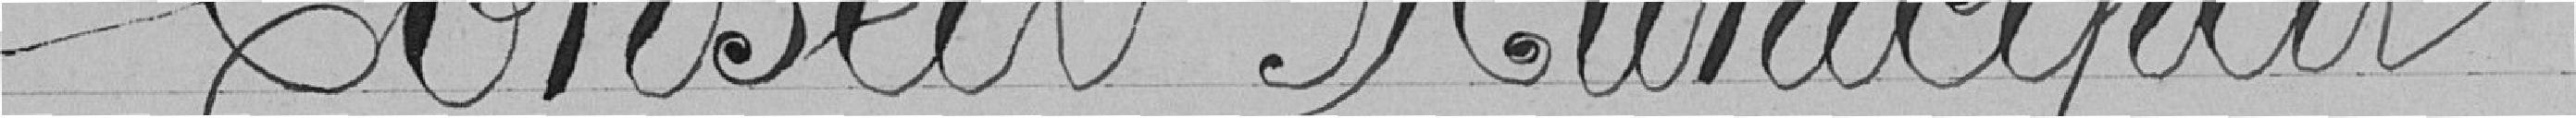
Conseil Municipal